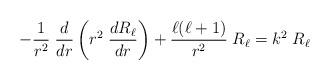
LaTeX: \begin{align*}- {1\over r^2} \; {d\over dr} \left( r^2\; {dR_\ell\over dr} \right) + {\ell(\ell+1)\over r^2}\; R_\ell =k^2 \; R_\ell\end{align*}